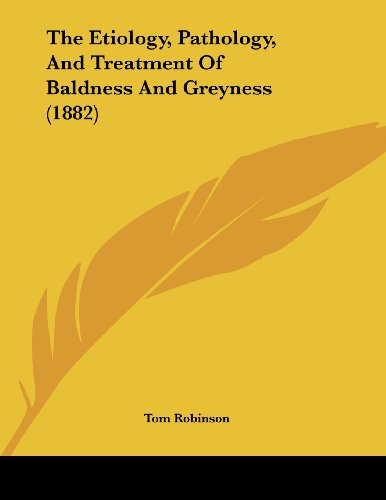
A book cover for The Etiology, Pathology, And Treatment Of Baldness And Greyness (1882); Tom Robinson; Health, Fitness & Dieting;